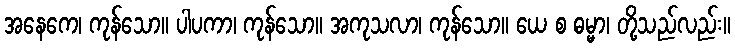
အနေကေ၊ ကုန်သော။ ပါပကာ၊ ကုန်သော။ အကုသလာ၊ ကုန်သော။ ယေ စ ဓမ္မာ၊ တို့သည်လည်း။